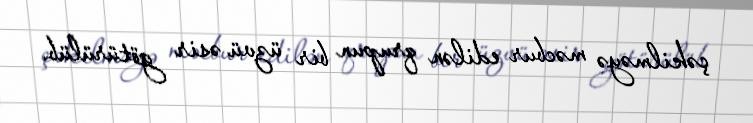
çəkilməyə məcbur edilən qrupun bir üzvü əsir götürülüb.